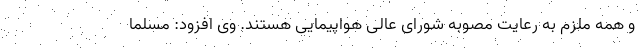
و همه ملزم به رعایت مصوبه شورای عالی هواپیمایی هستند. وی افزود: مسلما